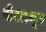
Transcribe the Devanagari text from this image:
बीटलगूज